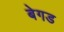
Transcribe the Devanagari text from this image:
बेगड